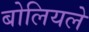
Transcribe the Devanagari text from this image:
बोलियले